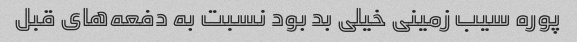
پوره سیب زمینی خیلی بد بود نسبت به دفعه‌های قبل